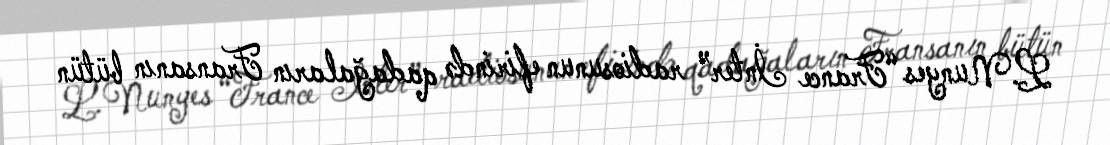
L.Nunyes “France İnter” radiosunun efirində qadağaların Fransanın bütün